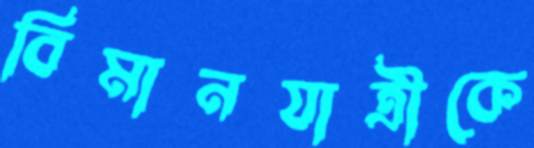
বিমানযাত্রীকে